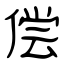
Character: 偿